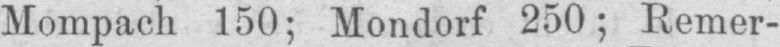
Mompach 150; Mondorf 250; Remer-